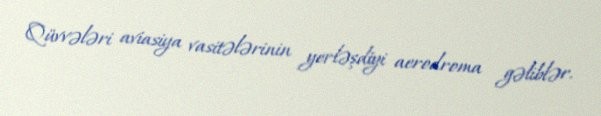
Qüvvələri aviasiya vasitələrinin yerləşdiyi aerodroma gəliblər.